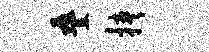
叠挟